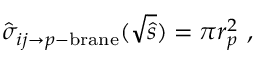
\hat { \sigma } _ { i j \to p \mathrm { - b r a n e } } ( \sqrt { \hat { s } } ) = \pi r _ { p } ^ { 2 } \ ,